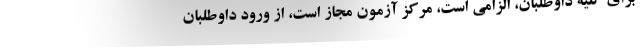
برای کلیه داوطلبان، الزامی است، مرکز آزمون مجاز است، از ورود داوطلبان